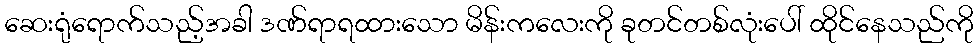
ဆေးရုံရောက်သည့်အခါ ဒဏ်ရာရထားသော မိန်းကလေးကို ခုတင်တစ်လုံးပေါ် ထိုင်နေသည်ကို